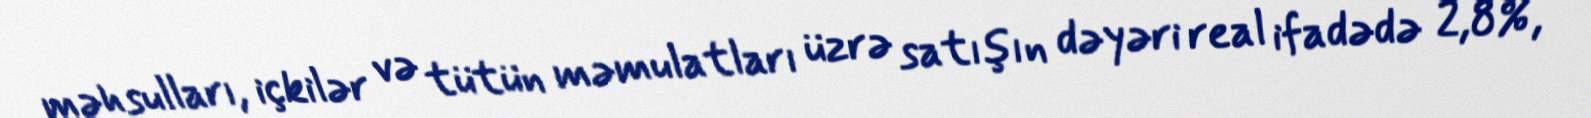
məhsulları, içkilər və tütün məmulatları üzrə satışın dəyəri real ifadədə 2,8%,